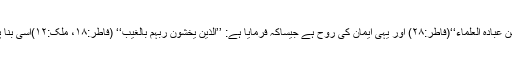
قرآن مجید نے اسے اصل علم قرار دیا ہے،’’انما یخشی اللہ من عبادہ العلماء‘‘(فاطر:۲۸) اور یہی ایمان کی روح ہے جیساکہ فرمایا ہے: ’’الذین یخشون ربہم بالغیب‘‘ (فاطر:۱۸، ملک:۱۲)اسی بنا پر اہل ایمان دنیوی مال ومتاع پر آخرت کو ترجیح دیتے ہیں۔